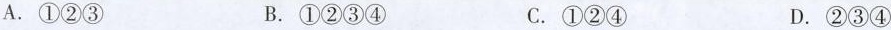
A.①②③ B.①②③④ C.①②④ D.②③④